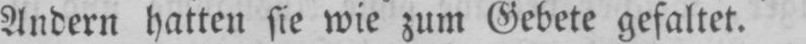
Andern hatten sie wie zum Gebete gefaltet.